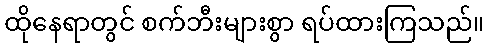
ထိုနေရာတွင် စက်ဘီးများစွာ ရပ်ထားကြသည်။